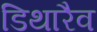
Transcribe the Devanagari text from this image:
डिथारैव